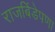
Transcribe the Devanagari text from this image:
राजबिंडेपणा